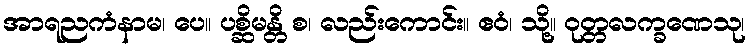
အာရညကံနာမ၊ ပေ။ ပစ္ဆိမန္တိ စ၊ လည်းကောင်း။ ဧဝံ၊ သို့။ ဝုတ္တလက္ခဏေသု၊